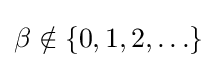
\beta \notin \{0,1,2,\ldots \}